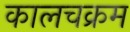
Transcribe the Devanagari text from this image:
कालचक्रम